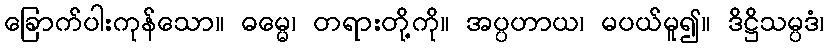
ခြောက်ပါးကုန်သော။ ဓမ္မေ၊ တရားတို့ကို။ အပ္ပဟာယ၊ မပယ်မူ၍။ ဒိဋ္ဌိသမ္ပဒံ၊